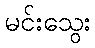
မင်းသွေး